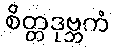
စိတ္တဒုဗ္ဘကံ